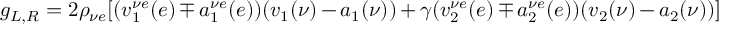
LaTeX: g _ { L , R } = 2 \rho _ { \nu e } [ ( v _ { 1 } ^ { \nu e } ( e ) \mp a _ { 1 } ^ { \nu e } ( e ) ) ( v _ { 1 } ( \nu ) - a _ { 1 } ( \nu ) ) + \gamma ( v _ { 2 } ^ { \nu e } ( e ) \mp a _ { 2 } ^ { \nu e } ( e ) ) ( v _ { 2 } ( \nu ) - a _ { 2 } ( \nu ) ) ]